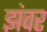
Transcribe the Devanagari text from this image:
झंवर